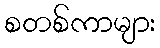
စတစ်ကာများ